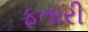
ફતારી